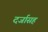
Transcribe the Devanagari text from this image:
दर्जासह